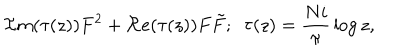
LaTeX: { \cal I } m ( \tau ( z ) ) F ^ { 2 } + { \cal R } e ( \tau ( z ) ) F \tilde { F } ; \, \, \, \tau ( z ) = { \frac { N i } { \pi } } \log z ,